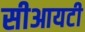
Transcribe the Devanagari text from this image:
सीआयटी